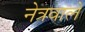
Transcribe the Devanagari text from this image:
नेत्रवाले